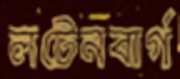
লটেনবার্গ